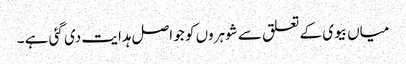
میاں بیوی کے تعلق سے شوہروں کو جو اصل ہدایت دی گئی ہے ۔